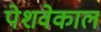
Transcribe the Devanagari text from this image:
पेशवेकाल